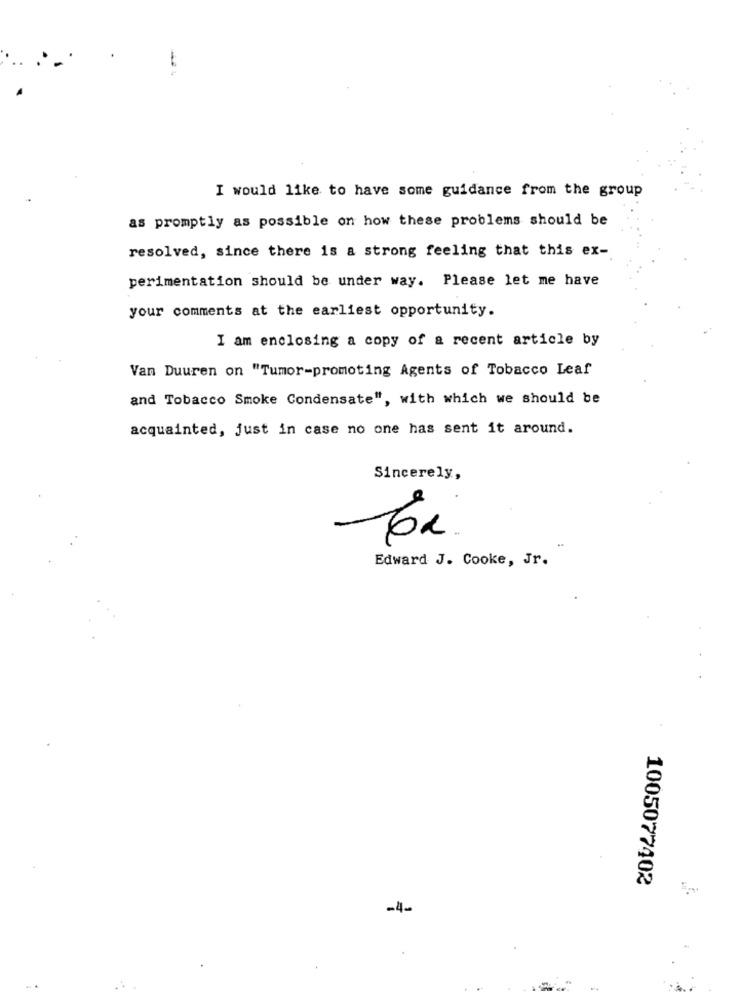
I would like to have some guidance from the group
as promptly as possible on how these problems should be
resolved, since there is a strong feeling that this ex-
perimentation should be under way. Please let me have
your comments at the earliest opportunity.
I am enclosing a copy of a recent article by
Van Duuren on "Tumor-promoting Agents of Tobacco Leaf
and Tobacco Smoke Condensate", with which we should be
acquainted, just in case no one has sent it around.
Sincerely,
a
Edward J. Cooke, Jr.
1005077402
-4-